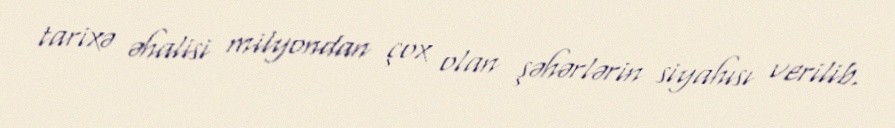
tarixə əhalisi milyondan çox olan şəhərlərin siyahısı verilib.